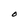
Character: O